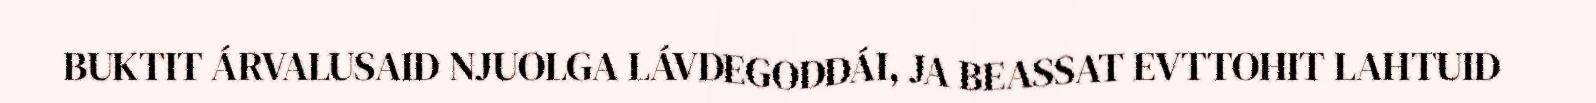
BUKTIT ÁRVALUSAID NJUOLGA LÁVDEGODDÁI, JA BEASSAT EVTTOHIT LAHTUID